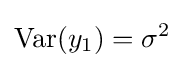
\operatorname {Var} (y_{1})=\sigma ^{2}